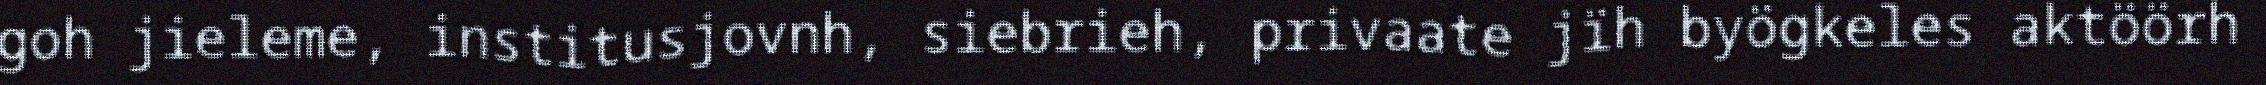
goh jieleme, institusjovnh, siebrieh, privaate jïh byögkeles aktöörh